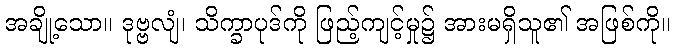
အချို့သော။ ဒုဗ္ဗလျံ၊ သိက္ခာပုဒ်ကို ဖြည့်ကျင့်မှု၌ အားမရှိသူ၏ အဖြစ်ကို။